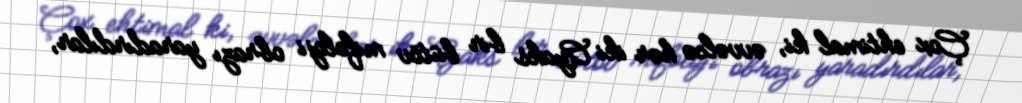
Çox ehtimal ki, əvvəlcə hər iki Ayaks bir bütöv mifoloji obrazı yaradırdılar,